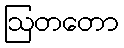
ဩတတော